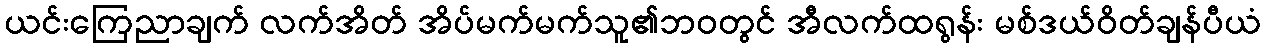
ယင်းကြေညာချက် လက်အိတ် အိပ်မက်မက်သူ၏ဘ၀တွင် အီလက်ထရွန်း မစ်ဒယ်ဝိတ်ချန်ပီယံ